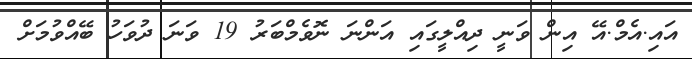
އައި.އެމް.އޭ އިން ވަނީ ދިއްލީގައި އަންނަ ނޮވެމްބަރު 19 ވަނަ ދުވަހު ބޭއްވުމަށް